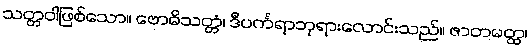
သတ္တဝါဖြစ်သော။ ဗောဓိသတ္တံ၊ ဒီပင်္ကရာဘုရားလောင်းသည်။ ဇာတမတ္ထ၊